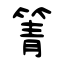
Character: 箐